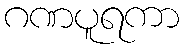
ဂဏပူရကာ